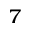
^ 7